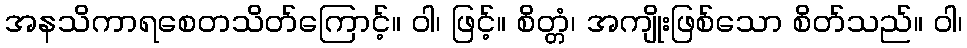
အနသိကာရစေတသိတ်ကြောင့်။ ဝါ၊ ဖြင့်။ စိတ္တံ၊ အကျိုးဖြစ်သော စိတ်သည်။ ဝါ၊